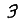
Digit: 3